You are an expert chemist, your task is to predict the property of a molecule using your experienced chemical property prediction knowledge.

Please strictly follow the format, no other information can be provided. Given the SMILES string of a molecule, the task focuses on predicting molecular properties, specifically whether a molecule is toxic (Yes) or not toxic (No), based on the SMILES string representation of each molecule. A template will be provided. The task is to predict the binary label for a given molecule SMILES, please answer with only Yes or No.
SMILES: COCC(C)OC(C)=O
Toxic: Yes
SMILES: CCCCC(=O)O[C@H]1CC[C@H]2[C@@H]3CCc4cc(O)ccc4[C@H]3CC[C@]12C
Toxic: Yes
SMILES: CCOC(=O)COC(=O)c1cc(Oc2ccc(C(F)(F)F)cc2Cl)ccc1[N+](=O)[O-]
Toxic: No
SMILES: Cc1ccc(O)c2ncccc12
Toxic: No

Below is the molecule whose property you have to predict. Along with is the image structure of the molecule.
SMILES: C=CS(=O)(=O)[O-]
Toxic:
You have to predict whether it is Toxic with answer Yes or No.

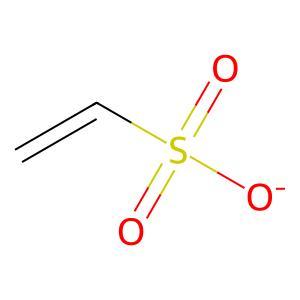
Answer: No